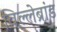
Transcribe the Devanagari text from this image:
विल्लेब्रांड